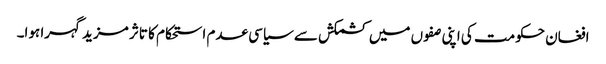
افغان حکومت کی اپنی صفوں میں کشمکش سے سیاسی عدم استحکام کا تاثر مزید گہرا ہوا۔